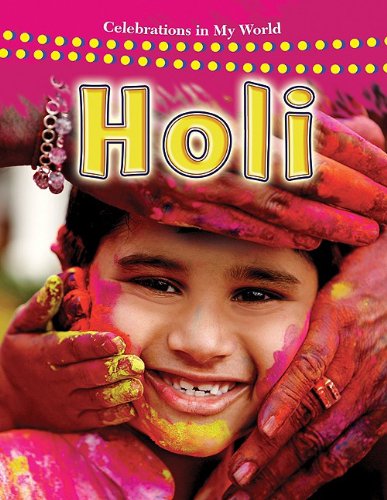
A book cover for Holi (Celebrations in My World); Lynn Peppas; Children's Books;